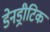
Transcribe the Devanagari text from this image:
डेनड्रीटिक